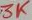
Text: 3K